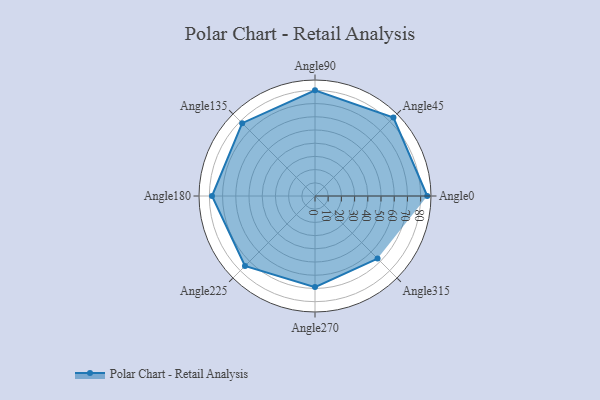
{"axis": {"x": "Angle", "y": "Radius"}, "legend": [""], "data": [{"x": "Angle0", "y": 85.0, "type": ""}, {"x": "Angle45", "y": 84.0, "type": ""}, {"x": "Angle90", "y": 80.0, "type": ""}, {"x": "Angle135", "y": 78.0, "type": ""}, {"x": "Angle180", "y": 78.0, "type": ""}, {"x": "Angle225", "y": 75.0, "type": ""}, {"x": "Angle270", "y": 69.0, "type": ""}, {"x": "Angle315", "y": 67.0, "type": ""}]}